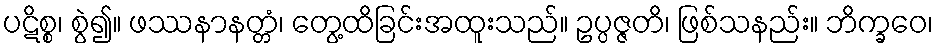
ပဋိစ္စ၊ စွဲ၍။ ဖဿနာနတ္တံ၊ တွေ့ထိခြင်းအထူးသည်။ ဥပ္ပဇ္ဇတိ၊ ဖြစ်သနည်း။ ဘိက္ခဝေ၊